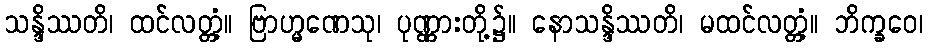
သန္ဒိဿတိ၊ ထင်လတ္တံ့။ ဗြာဟ္မဏေသု၊ ပုဏ္ဏားတို့၌။ နောသန္ဒိဿတိ၊ မထင်လတ္တံ့။ ဘိက္ခဝေ၊